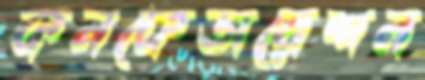
কনফেডারেশন